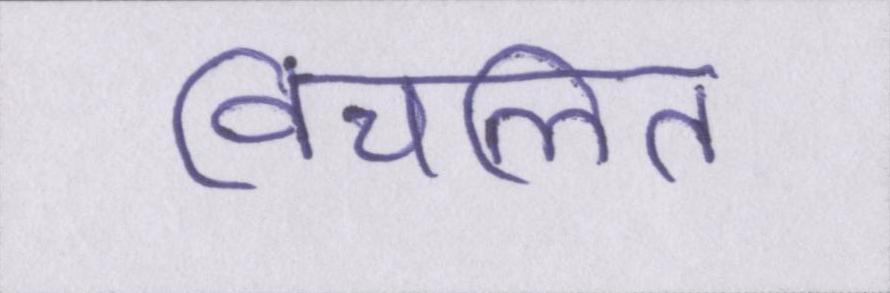
विचलित